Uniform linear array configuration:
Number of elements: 16
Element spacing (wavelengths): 0.5
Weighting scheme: blackman
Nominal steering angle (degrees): -45
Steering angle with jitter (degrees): -45.017
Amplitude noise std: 0.05
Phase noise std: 0.05

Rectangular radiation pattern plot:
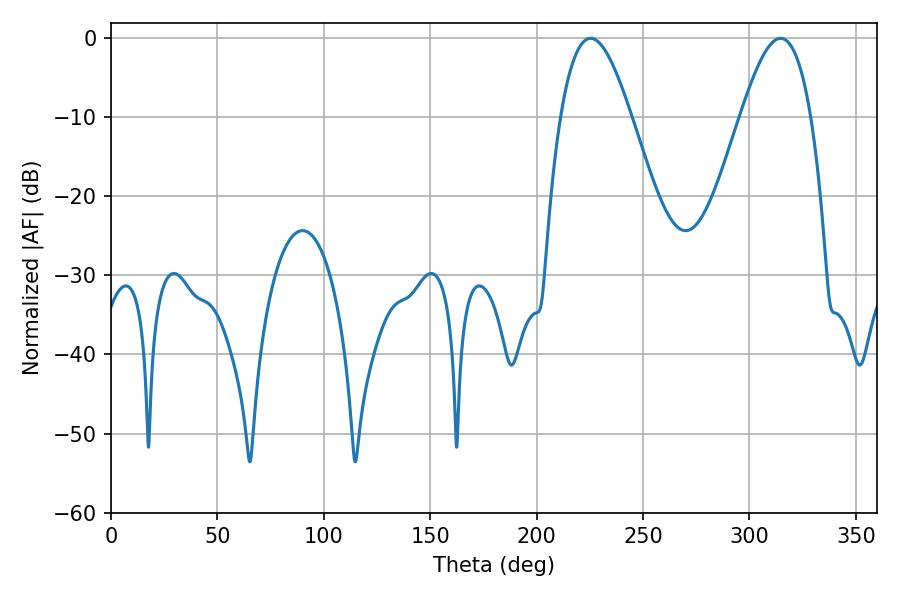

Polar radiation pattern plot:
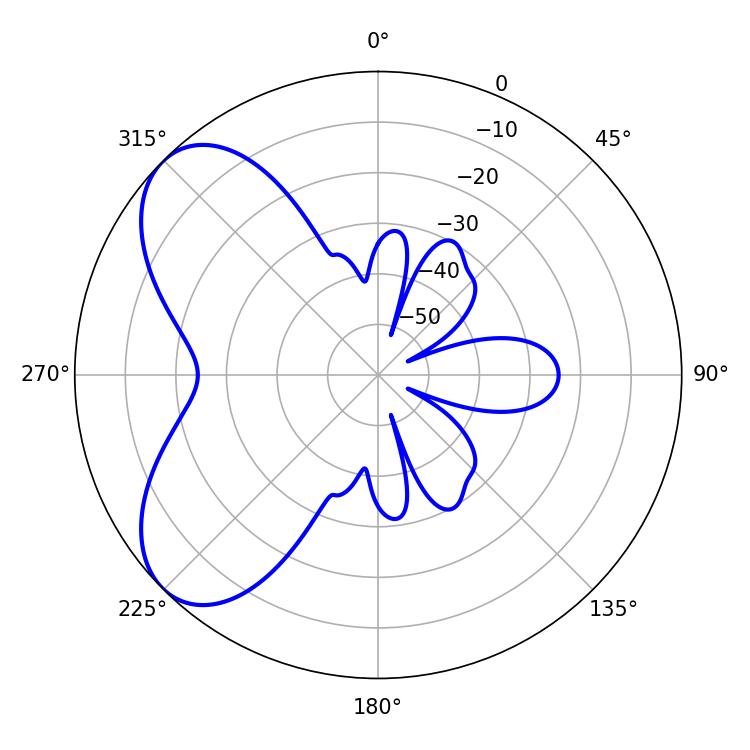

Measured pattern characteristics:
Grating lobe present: FALSE
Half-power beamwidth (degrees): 18
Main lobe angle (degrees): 225.36